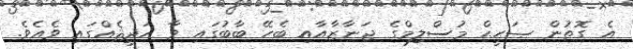
އެ ގޮތުން ޞަޙީޙް މުސްލިމްގެ ޖަނާޒާއާއި ބެހޭ ބާބުގައި ވާ ޙަދީޘެއްގައި ވެއެވެ.